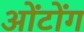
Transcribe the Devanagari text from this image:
ओंटोंग